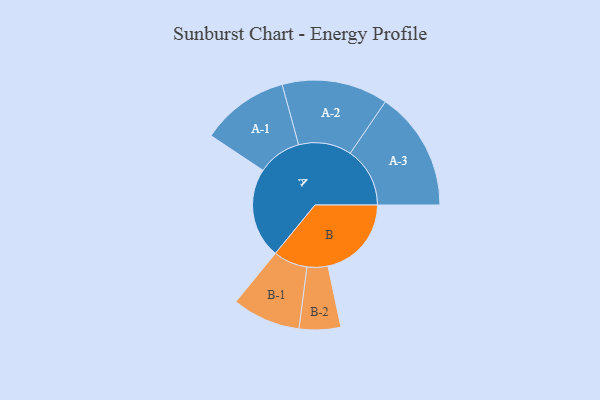
{"axis": {"x": "Segment", "y": "Value"}, "legend": ["", "A", "B"], "data": [{"x": "A", "y": 436, "type": ""}, {"x": "B", "y": 403, "type": ""}, {"x": "A-1", "y": 212, "type": "A"}, {"x": "A-2", "y": 256, "type": "A"}, {"x": "A-3", "y": 288, "type": "A"}, {"x": "B-1", "y": 165, "type": "B"}, {"x": "B-2", "y": 100, "type": "B"}]}